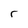
Character: r